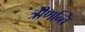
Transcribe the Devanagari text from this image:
त्रीणन्ति